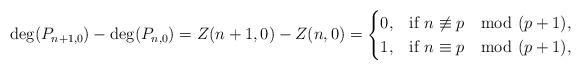
LaTeX: \begin{align*}\deg(P_{n+1,0})-\deg(P_{n,0})=Z(n+1,0)-Z(n,0)=\begin{cases}0, & \mbox{if} \ n\not\equiv p \mod (p+1),\\1, & \mbox{if} \ n\equiv p \mod (p+1),\end{cases}\end{align*}